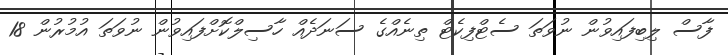
ފާސް ލިބިފައިވުން ނުވަތަ ސެޓްފިކެޓް ތިނެއްގެ ސަނަދެއް ހާސިލްކޮށްފައިވުން ނުވަތަ އުމުރުން 18